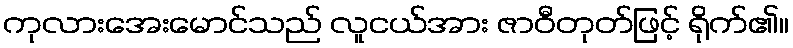
ကုလားအေးမောင်သည် လူငယ်အား ဇာဝီတုတ်ဖြင့် ရိုက်၏။